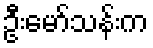
ဦးမော်သန်းက